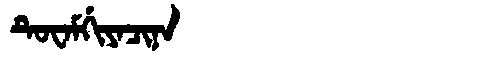
Manchu: ᡨᡠᠸᠠᠮᡤᡳᠶᠠᠴᡳᠨᠠ
Romanization: TUWAMGIYACINA